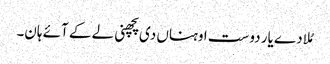
مُلا دے یار دوست اوہناں دی پچھنی لے کے آئے ہان۔